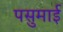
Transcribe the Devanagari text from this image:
पसुमाई